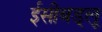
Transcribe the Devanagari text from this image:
ईसीबड्लू